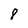
Character: 8